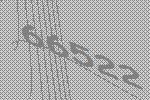
66522